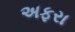
અફરા